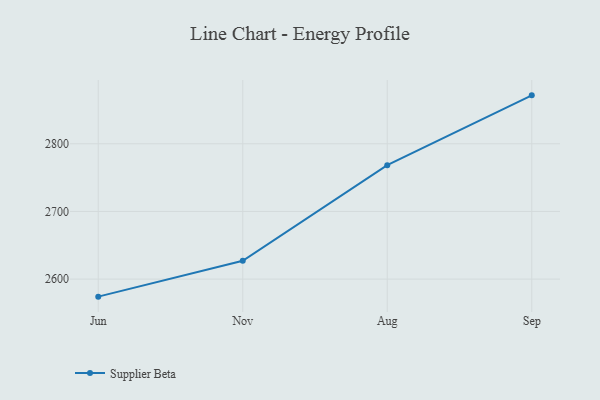
{"axis": {"x": "Month", "y": "Conversion Rate (%)"}, "legend": ["Supplier Beta"], "data": [{"x": "Jun", "y": 2574.1, "type": "Supplier Beta"}, {"x": "Nov", "y": 2627.0, "type": "Supplier Beta"}, {"x": "Aug", "y": 2768.3, "type": "Supplier Beta"}, {"x": "Sep", "y": 2871.5, "type": "Supplier Beta"}]}